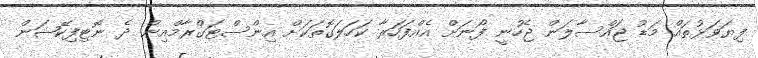
ފިޔަވަޅުތައް މަޑު ޖައްސާލަން ޖެހުނީ ފޯނަށް އެއްފަހަރާ ކަހަލަގޮތަކަށް އިންސްޓަގްރާމްއިން ދެ ނޮޓިފިކޭޝަން